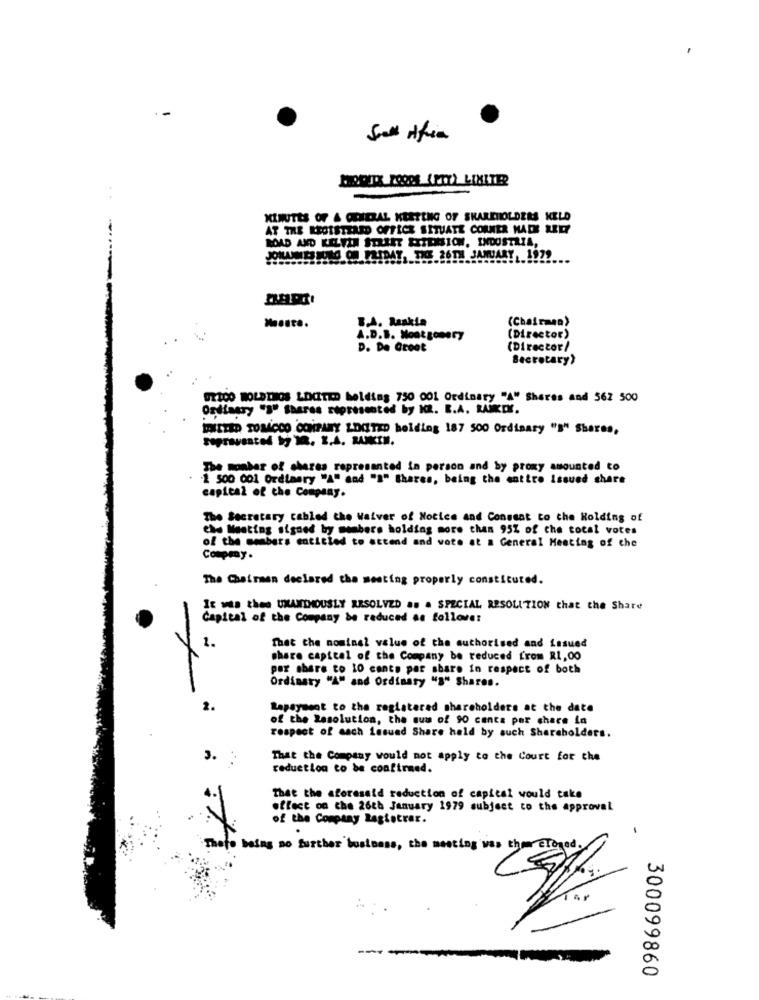
Sall Afin
MINUTES OF & GENERAL KESTING OF SHAREHOLDERS KELD
AT THE REGISTERED OFFICE SITUATE CORNER HADE REEF
ROAD AND KELVEN STREET EXTENSION, INDUSTRIA,
JOHANNES FILS OF FRIDAY, THE 26TH JANUARY, 1979
B.A. Raskin
(Chairman)
A.D.B. Montgomery
(Director)
D. De Groot
(Director/
Secretary?
OXICO MOLETHOS LOCITED Melding 750 001 Ordinary "A" Shares and 562 500
Ordinary """ Shares represented by HZ. B.A. RAIKIK.
WILTED TOMCCO COMPANY LDCTED holding 187 500 Ordinary "B" Shares,
The monbar of shares represented in person and by proxy amounted to
1 500 001 Ordinary "A" and "I" Shares, being the entire Issued share
capital of the Company.
The Secretary cabled the Waiver of Notice and Conssat to the Kolding of
be Meeting signed by members holding more than 95% of che total votes
of the members entisted to attend and vote at a General Meeting of the
Compmy.
The Chairman declared the meeting properly constituted.
It was thee UNANIMOUSLY RESOLVED &# & SPECIAL RESOLUTION that the Share
Capital of the Company be reduced as follover
1.
That the nominal value of the authorised and issued
share capital of the Company be reduced from R1, 00
per share to 10 cants per share in respect of both
Ordinary "A" and Ordinary "S" Shares.
2.
Rapayment to the registered shareholders at the date
of the Resolution, the sum of 90 cents per chace la
respect of each issued Share held by such Shareholders.
3.
That the Company would not apply to the Court for the
reduction to be confirmed.
That the aforesaid reduction of capital would take
effect on the 26th January 1979 subject to the approval
of the Company Registrar.
.
There being no further business, the meeting was them croned.
300099860